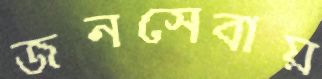
জনসেবায়